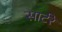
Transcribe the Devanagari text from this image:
सार्टरे